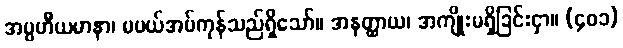
အပ္ပဟိီယမာနာ၊ မပယ်အပ်ကုန်သည်ရှိသော်။ အနတ္ထာယ၊ အကျိုးမရှိခြင်းငှာ။ (၄၀၁)